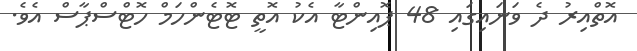
އޮތްއިރު ދެ ވަނައިގައި 48 ޕޮއިންޓާ އެކު އޮތީ ޓޮޓެންހަމް ހޮޓްސްޕާސް އެވެ.